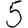
Digit: 5